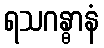
ရသဂန္ဓာနံ